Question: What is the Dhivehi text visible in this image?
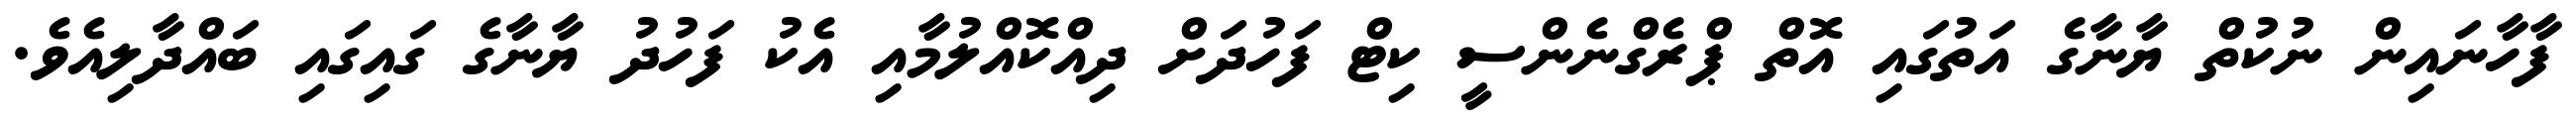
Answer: ފާހާނައިން ނުކުތް ޔާނާގެ އަތުގައި އޮތް ޕްރެގްނެންސީ ކިޓް ފަހުދަށް ދިއްކޮއްލުމާއި އެކު ފަހުދު ޔާނާގެ ގައިގައި ބައްދާލިއެވެ.